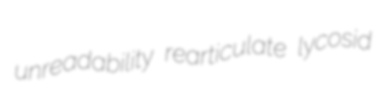
unreadability rearticulate lycosid